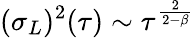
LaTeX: (\sigma_{L})^{2}(\tau)\sim\tau^{\frac{2}{2-\beta}}